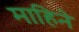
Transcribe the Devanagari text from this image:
माहिने